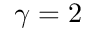
\gamma = 2